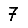
Digit: 7